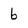
Character: b